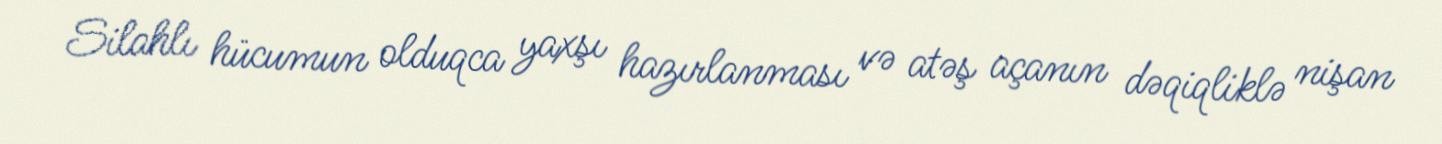
Silahlı hücumun olduqca yaxşı hazırlanması və atəş açanın dəqiqliklə nişan